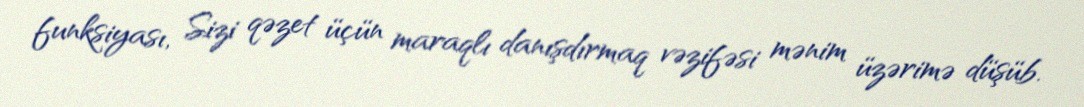
funksiyası, Sizi qəzet üçün maraqlı danışdırmaq vəzifəsi mənim üzərimə düşüb.